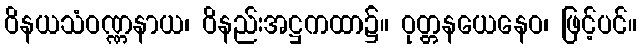
ဝိနယသံဝဏ္ဏနာယ၊ ဝိနည်းအဋ္ဌကထာ၌။ ဝုတ္တနယေနေဝ၊ ဖြင့်ပင်။